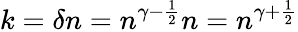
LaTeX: k=\delta n=n^{\gamma-{\frac{1}{2}}}n=n^{\gamma+{\frac{1}{2}}}